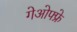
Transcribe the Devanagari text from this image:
गेओफ्फ्रे